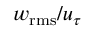
w _ { \mathrm { r m s } } / u _ { \tau }